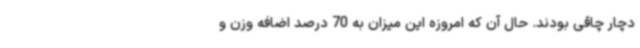
دچار چاقی بودند. حال آن که امروزه این میزان به 70 درصد اضافه وزن و